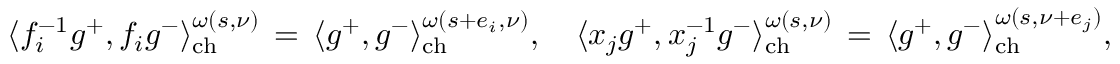
\begin{array} { r } { \langle f _ { i } ^ { - 1 } g ^ { + } , f _ { i } g ^ { - } \rangle _ { \mathrm { c h } } ^ { \omega ( s , \nu ) } \, = \, \langle g ^ { + } , g ^ { - } \rangle _ { \mathrm { c h } } ^ { \omega ( s + { e } _ { i } , \nu ) } , \ \ \ \langle x _ { j } g ^ { + } , x _ { j } ^ { - 1 } g ^ { - } \rangle _ { \mathrm { c h } } ^ { \omega ( s , \nu ) } \, = \, \langle g ^ { + } , g ^ { - } \rangle _ { \mathrm { c h } } ^ { \omega ( s , \nu + { e } _ { j } ) } , } \end{array}